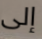
إلى